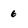
Character: 6